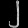
Digit: ၂